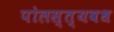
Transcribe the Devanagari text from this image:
पोलस्त्यवध